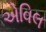
એવિલ